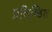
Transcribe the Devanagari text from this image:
प्रतिष्ठित